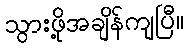
သွားဖို့အချိန်ကျပြီ။